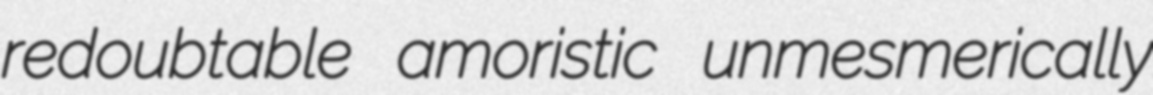
redoubtable amoristic unmesmerically